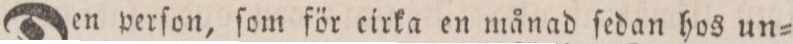
Den perſon, ſom för cirka en månad ſedan hos un=